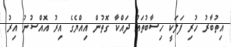
އިތުބާރު ހުރި ފަލަކީ ހިސާބުތައް ދައްކާ ގޮތުން އިއްޔެގެ އިރު އޮއްސުނު އިރު